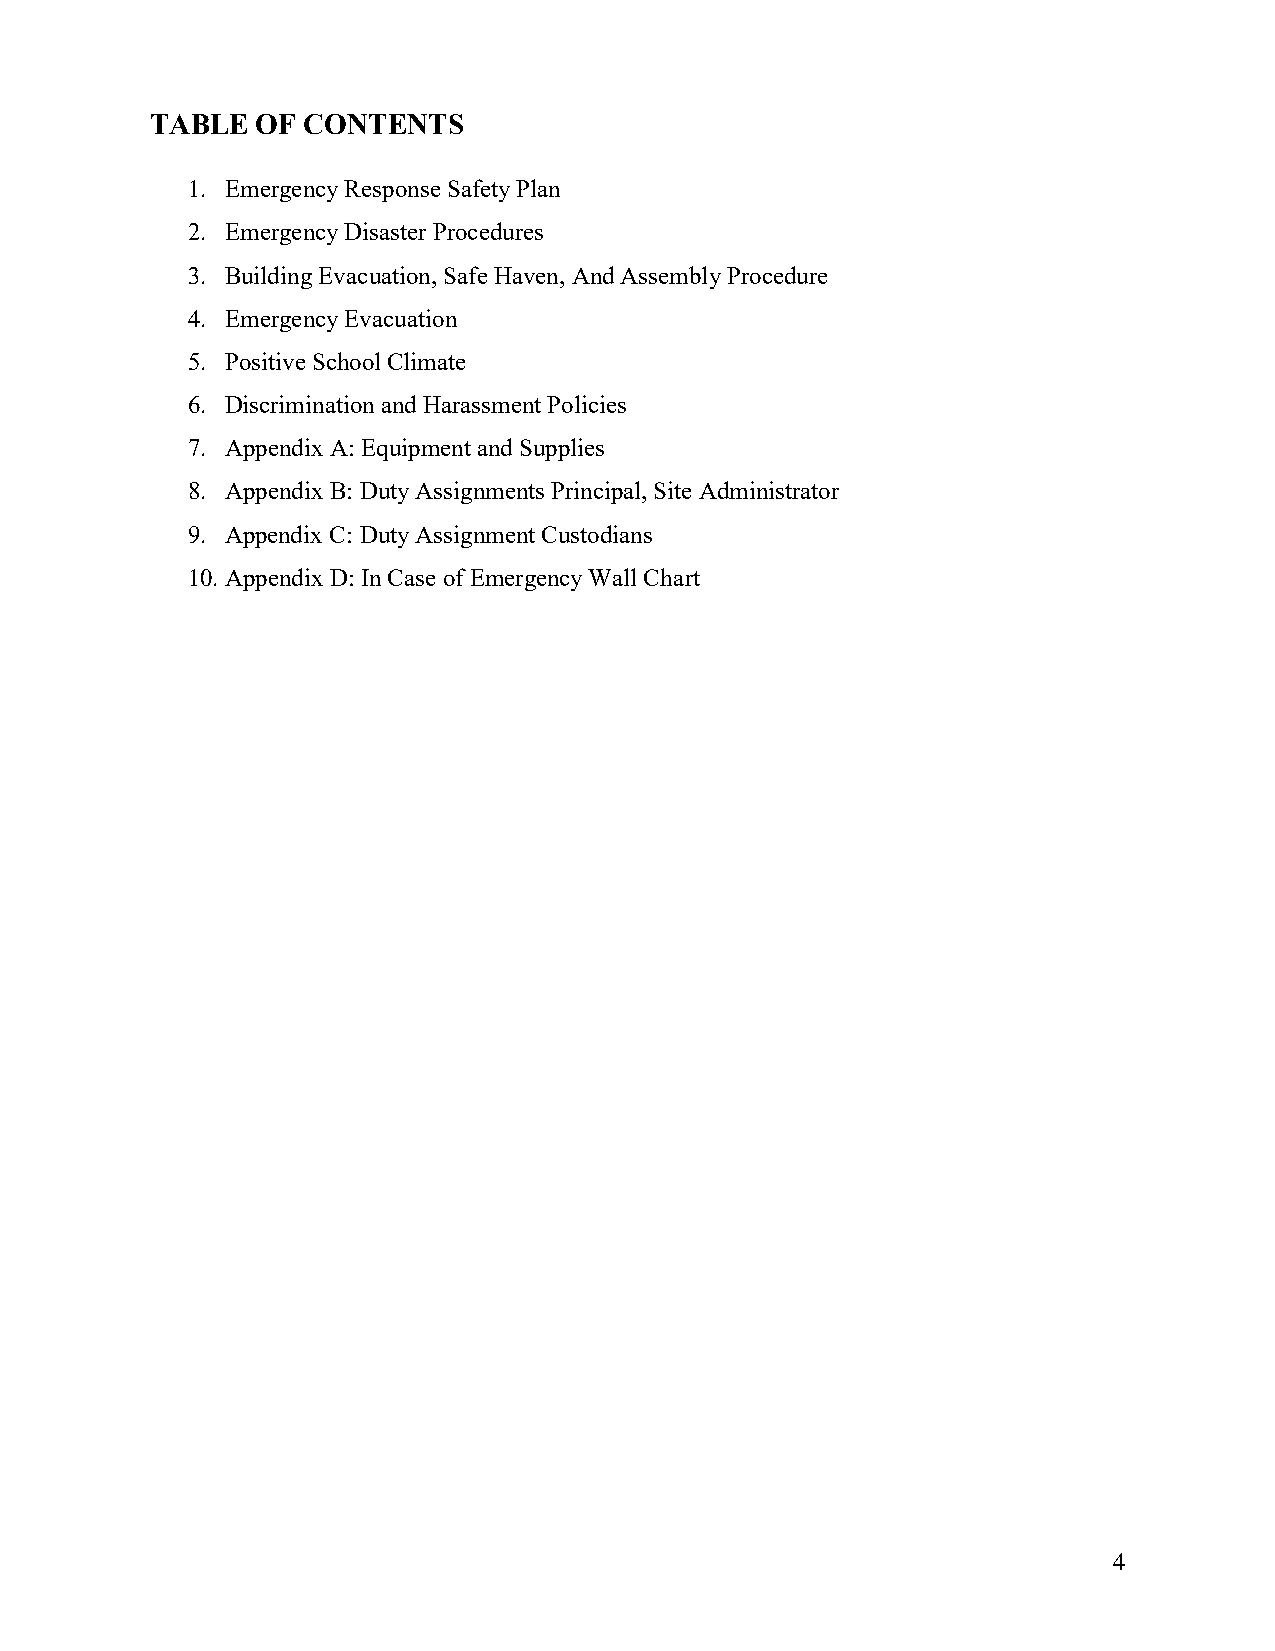
TABLE  OF CONTENTS
 1. Emergency Response Safety Plan
 2. Emergency Disaster Procedures
 3. Building Evacuation, Safe Haven, And Assembly Procedure
 4. Emergency Evacuation
 5. Positive School Climate
 6. Discrimination and Harassment Policies
 7. Appendix A: Equipment and Supplies
 8. Appendix B: Duty Assignments Principal, Site Administrator
 9. Appendix C: Duty Assignment Custodians
 10. Appendix D: In Case of Emergency Wall Chart
 4